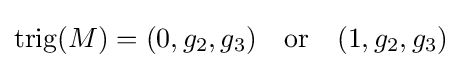
{\rm {trig}}(M)=(0,g_{2},g_{3})\quad {\mbox{or}}\quad (1,g_{2},g_{3})